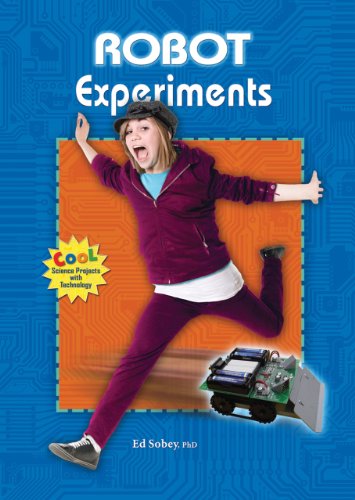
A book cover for Robot Experiments (Cool Science Projects with Technology); Ed Sobey; Children's Books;